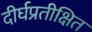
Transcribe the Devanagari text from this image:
दीर्घप्रतीक्षित